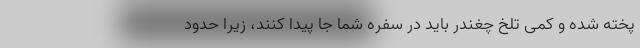
پخته شده و کمی تلخ چغندر باید در سفره شما جا پیدا کنند، زیرا حدود